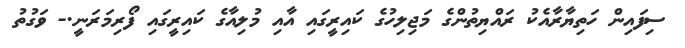
ސިފައިން ހަތިޔާރާއެކު ރައްޔިތުންގެ މަޖިލިހުގެ ކައިރީގައި އާއި މުލިއާގެ ކައިރީގައި ފޯރިމަރަނީ.- ވަގުތު